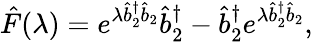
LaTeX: \hat{F}(\lambda)=e^{\lambda\hat{b}_{2}^{\dagger}\hat{b}_{2}}\hat{b}_{2}^{\dagger}-\hat{b}_{2}^{\dagger}e^{\lambda\hat{b}_{2}^{\dagger}\hat{b}_{2}},